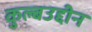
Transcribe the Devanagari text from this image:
कुल्बउद्दीन